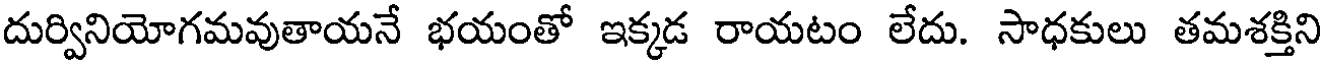
దుర్వినియోగమవుతాయనే భయంతో ఇక్కడ రాయటం లేదు. సాధకులు తమశక్తిని